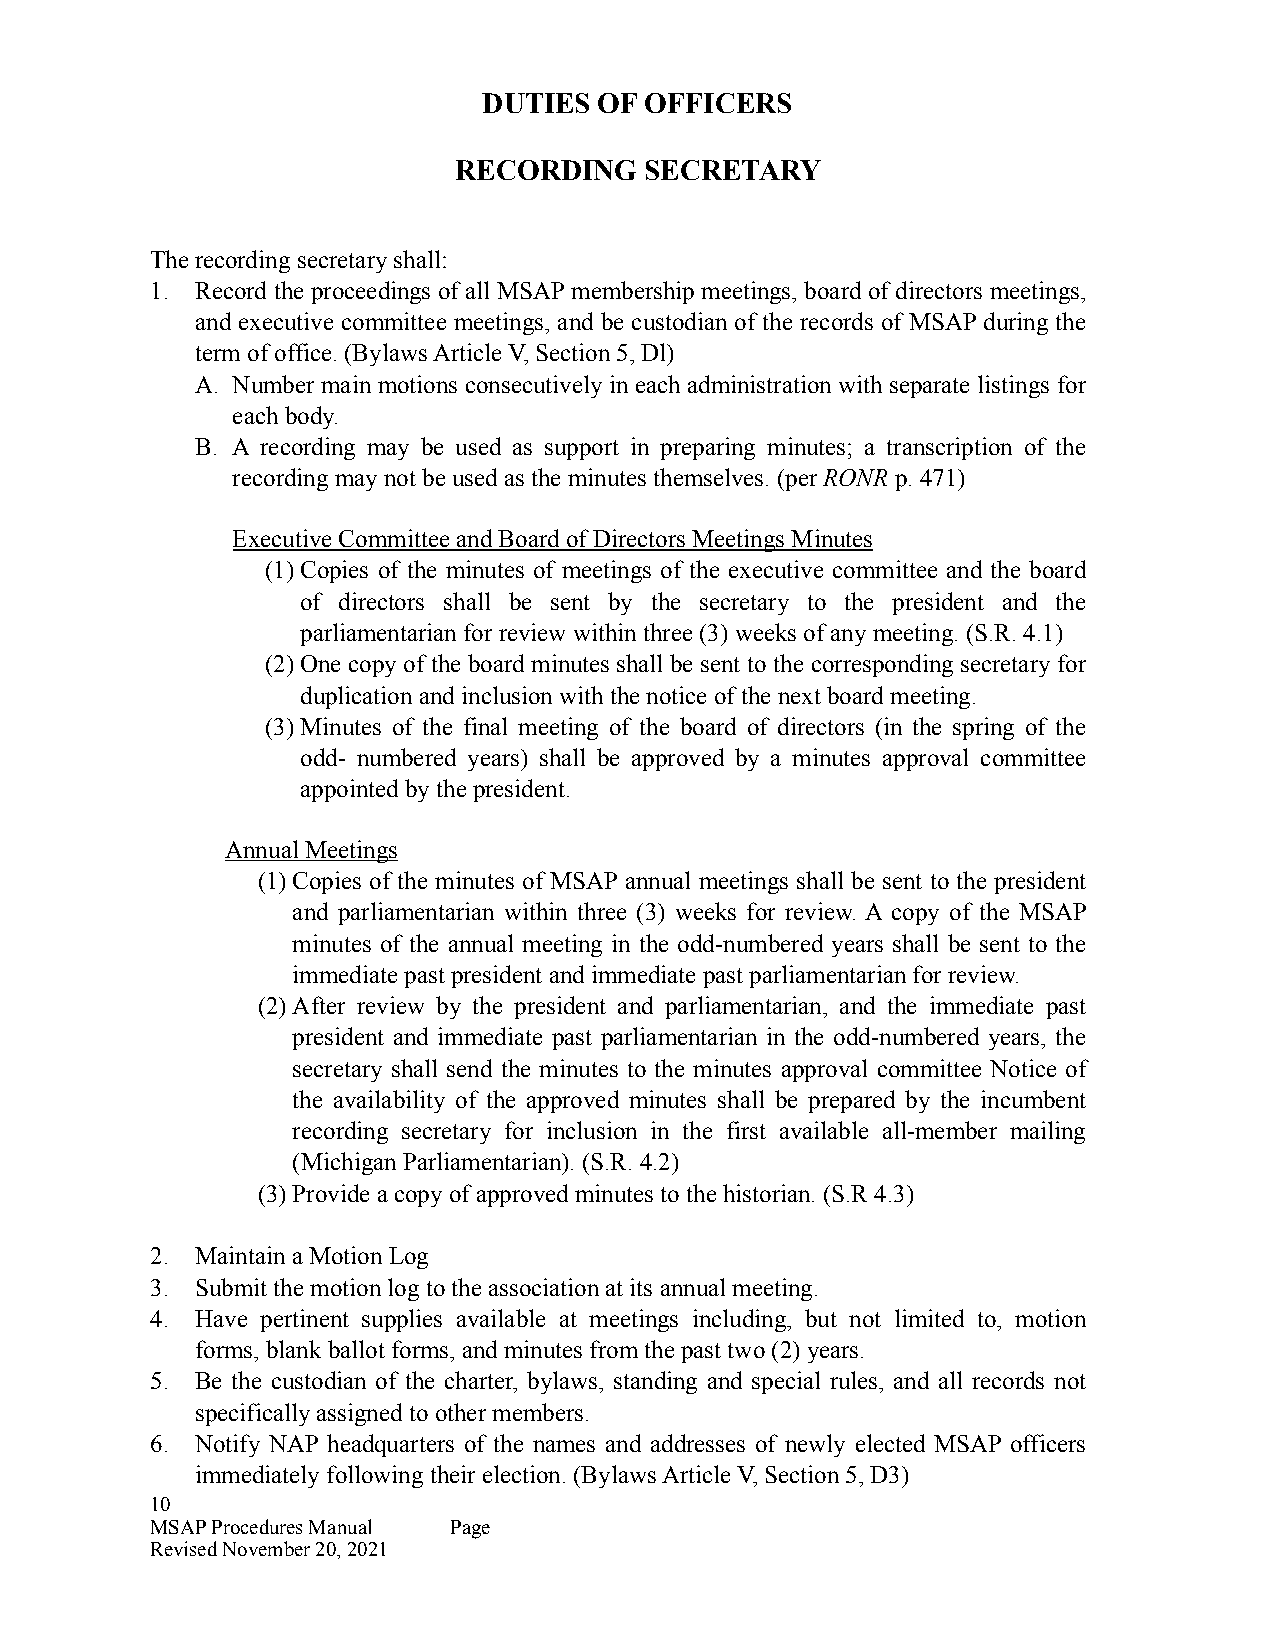
DUTIES  OF OFFICERS
 RECORDING    SECRETARY
 The recording secretary shall:
 1. Record the proceedings of all MSAP membership meetings, board of directors meetings,
 and executive committee meetings, and be custodian of the records of MSAP during the
 term of office. (Bylaws Article V, Section 5, Dl)
 A. Number main motions consecutively in each administration with separate listings for
 each body.
 B. A recording may be used as support in preparing minutes; a transcription of the
 recording may not be used as the minutes themselves. (per RONR p. 471)
 Executive Committee and Board of Directors Meetings Minutes
 (1)Copies of the minutes of meetings of the executive committee and the board
 of directors shall be sent by the secretary to the president and the
 parliamentarian for review within three (3) weeks of any meeting. (S.R. 4.1)
 (2)One copy of the board minutes shall be sent to the corresponding secretary for
 duplication and inclusion with the notice of the next board meeting.
 (3)Minutes of the final meeting of the board of directors (in the spring of the
 odd- numbered years) shall be approved by a minutes approval committee
 appointed by the president.
 Annual Meetings
 (1)Copies of the minutes of MSAP annual meetings shall be sent to the president
 and parliamentarian within three (3) weeks for review. A copy of the MSAP
 minutes of the annual meeting in the odd-numbered years shall be sent to the
 immediate past president and immediate past parliamentarian for review.
 (2)After review by the president and parliamentarian, and the immediate past
 president and immediate past parliamentarian in the odd-numbered years, the
 secretary shall send the minutes to the minutes approval committee Notice of
 the availability of the approved minutes shall be prepared by the incumbent
 recording secretary for inclusion in the first available all-member mailing
 (Michigan Parliamentarian). (S.R. 4.2)
 (3)Provide a copy of approved minutes to the historian. (S.R 4.3)
 2. Maintain a Motion Log
 3. Submit the motion log to the association at its annual meeting.
 4. Have pertinent supplies available at meetings including, but not limited to, motion
 forms, blank ballot forms, and minutes from the past two (2) years.
 5. Be the custodian of the charter, bylaws, standing and special rules, and all records not
 specifically assigned to other members.
 6. Notify NAP headquarters of the names and addresses of newly elected MSAP officers
 immediately following their election. (Bylaws Article V, Section 5, D3)
 10
 MSAP Procedures Manual Page
 Revised November 20, 2021